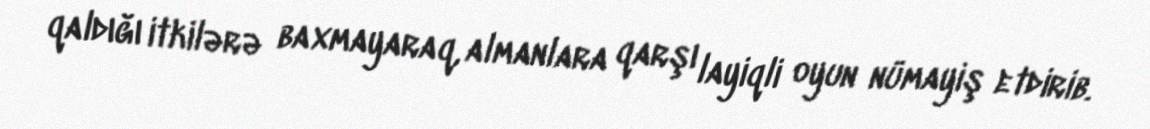
qaldığı itkilərə baxmayaraq, almanlara qarşı layiqli oyun nümayiş etdirib.